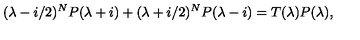
( \lambda - i / 2 ) ^ { N } P ( \lambda + i ) + ( \lambda + i / 2 ) ^ { N } P ( \lambda - i ) = T ( \lambda ) P ( \lambda ) ,